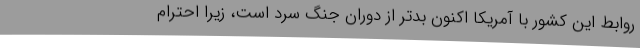
روابط این کشور با آمریکا اکنون بدتر از دوران جنگ سرد است، زیرا احترام